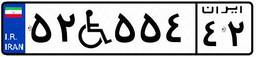
۵۲W۵۵۴۴۲